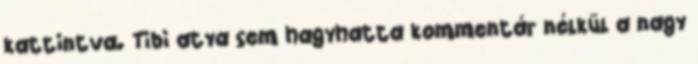
kattintva. Tibi atya sem hagyhatta kommentár nélkül a nagy